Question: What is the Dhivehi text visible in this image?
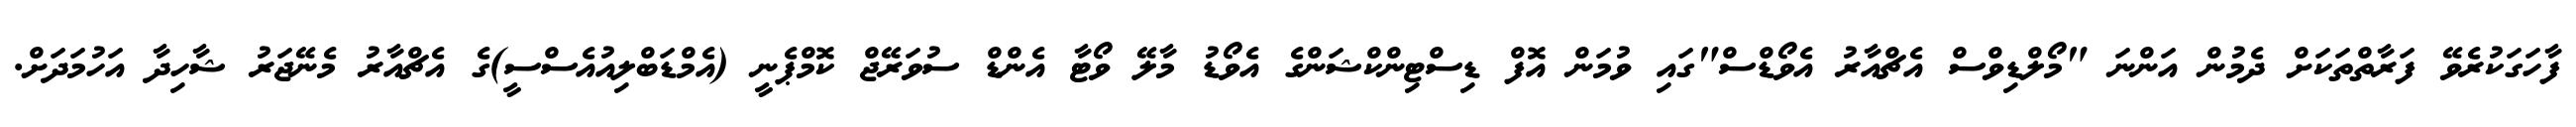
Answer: ފާހަގަކުރެވޭ ފަރާތްތަކަށް ދެމުން އަންނަ "މޯލްޑިވްސް އެޗްއާރު އެވޯޑްސް"ގައި ވުމަން އޮފް ޑިސްޓިންކްޝަންގެ އެވޯޑު މާލޭ ވޯޓާ އެންޑް ސުވަރޭޖް ކޮމްޕެނީ (އެމްޑަބްލިއުއެސްސީ)ގެ އެޗްއާރު މެނޭޖަރު ޝާހިދާ އަހުމަދަށް.